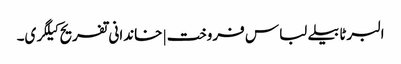
البرٹا بیلے لباس فروخت | خاندانی تفریح ​​کیلگری۔